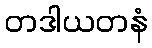
တဒါယတနံ